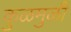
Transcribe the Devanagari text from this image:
कुळमुळी